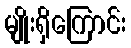
မျိုးရှိကြောင်း